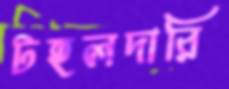
টহলদারি